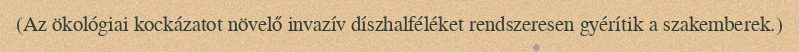
(Az ökológiai kockázatot növelő invazív díszhalféléket rendszeresen gyérítik a szakemberek.)